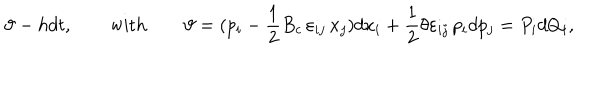
LaTeX: \vartheta - h d t , \qquad \mathrm { w i t h } \qquad \vartheta = ( p _ { i } - \frac { 1 } { 2 } { B _ { c } } \, \varepsilon _ { i j } \, x _ { j } ) d x _ { i } + \frac { 1 } { 2 } \theta \varepsilon _ { i j } \, p _ { i } d p _ { j } = P _ { i } d Q _ { i } ,